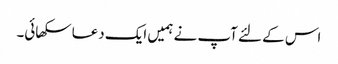
اس کے لئے آپ نے ہمیں ایک دعا سکھائی۔